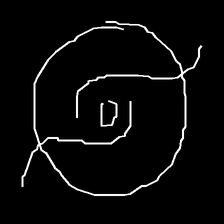
Glyph: repetition